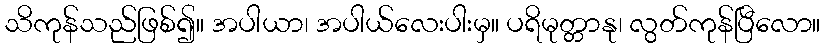
သိကုန်သည်ဖြစ်၍။ အပါယာ၊ အပါယ်လေးပါးမှ။ ပရိမုတ္တာနု၊ လွတ်ကုန်ပြီလော။